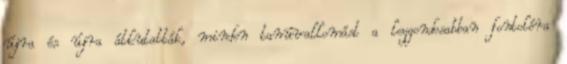
újra és újra átkutatták, minden tanúvallomást a leggondosabban fontolóra